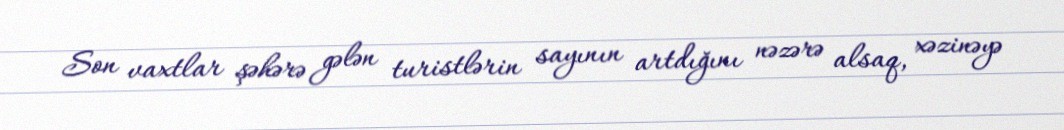
Son vaxtlar şəhərə gələn turistlərin sayının artdığını nəzərə alsaq, xəzinəyə